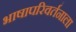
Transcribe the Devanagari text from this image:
भाषापरिवर्तनाला